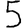
Digit: 5